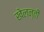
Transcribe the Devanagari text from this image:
खेलन्तीं